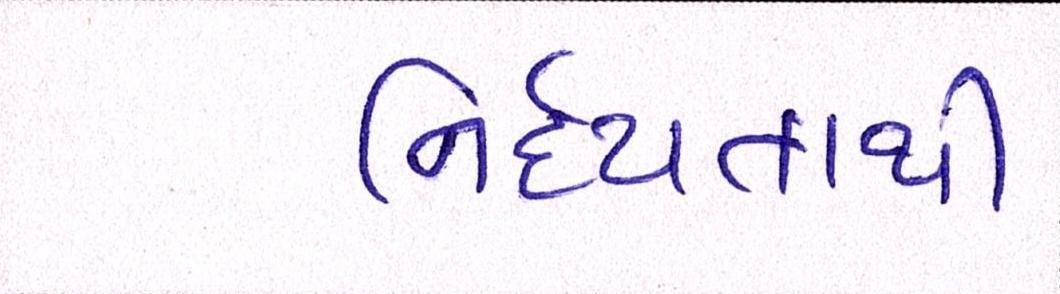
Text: નિર્દયતાથી